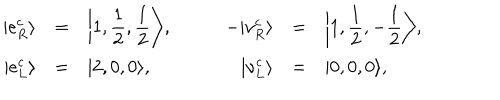
\begin{array} { r c l c r c l } { { | e _ { R } ^ { c } \rangle } } & { { = } } & { { \displaystyle \bigg | 1 , \frac { 1 } { 2 } , \frac { 1 } { 2 } \bigg \rangle , } } & { { \quad } } & { { - | \nu _ { R } ^ { c } \rangle } } & { { = } } & { { \displaystyle \bigg | 1 , \frac { 1 } { 2 } , - \frac { 1 } { 2 } \bigg \rangle , \nonumber } } \\ { { | e _ { L } ^ { c } \rangle } } & { { = } } & { { | 2 , 0 , 0 \rangle , } } & { { \quad } } & { { | \nu _ { L } ^ { c } \rangle } } & { { = } } & { { | 0 , 0 , 0 \rangle , } } \\ \end{array}